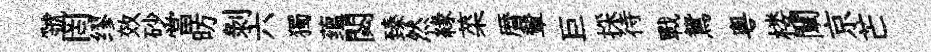
虢罔缪效砂當昉剥六獨蕴閟臻然縁菜暦輦巨採待戰鴛粤楼闡京芒